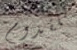
للقدوم